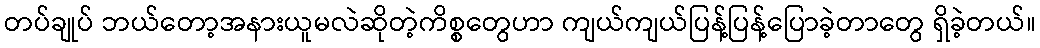
တပ်ချုပ် ဘယ်တော့အနားယူမလဲဆိုတဲ့ကိစ္စတွေဟာ ကျယ်ကျယ်ပြန့်ပြန့်ပြောခဲ့တာတွေ ရှိခဲ့တယ်။